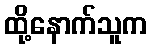
ထို့နောက်သူက